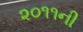
૨૦૧૧ની